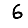
Digit: 6